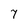
Character: 7